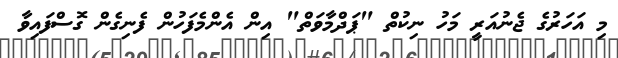
މި އަހަރުގެ ޖެނުއަރީ މަހު ނިކުތް "ޕަދްމާވަތް" އިން އެންމެފަހުން ފެނިގެން ގޮސްފައިވާ